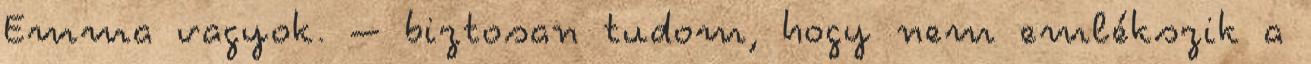
Emma vagyok. – biztosan tudom, hogy nem emlékszik a